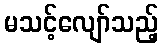
မသင့်လျော်သည့်